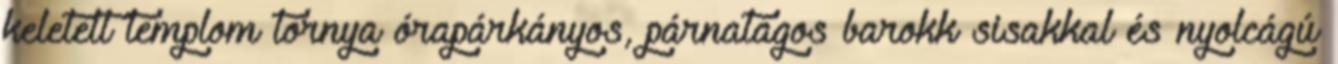
keletelt templom tornya órapárkányos, párnatagos barokk sisakkal és nyolcágú